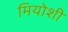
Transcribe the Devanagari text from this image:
मियोशी